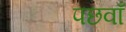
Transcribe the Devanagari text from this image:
पछवाँ